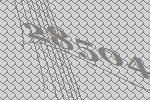
28504